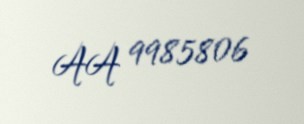
AA 9985806